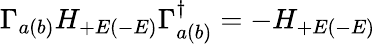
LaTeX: \Gamma_{a(b)}H_{+E(-E)}\Gamma_{a(b)}^{\dagger}=-H_{+E(-E)}